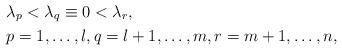
LaTeX: \begin{align*}&\lambda_p < \lambda_q \equiv 0 < \lambda_r, \\& p = 1, \dots, l, q = l+1, \dots, m, r = m+1, \dots, n,\end{align*}